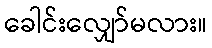
ခေါင်းလျှော်မလား။